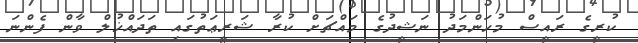
ކުރީގެ ރައީސް މުހަންމަދު ނަޝީދުގެ މައްޗަށް ކުރާ ޝަރީޢަތުގައި ތަދައްޚުލް ވާން ފެންނަ